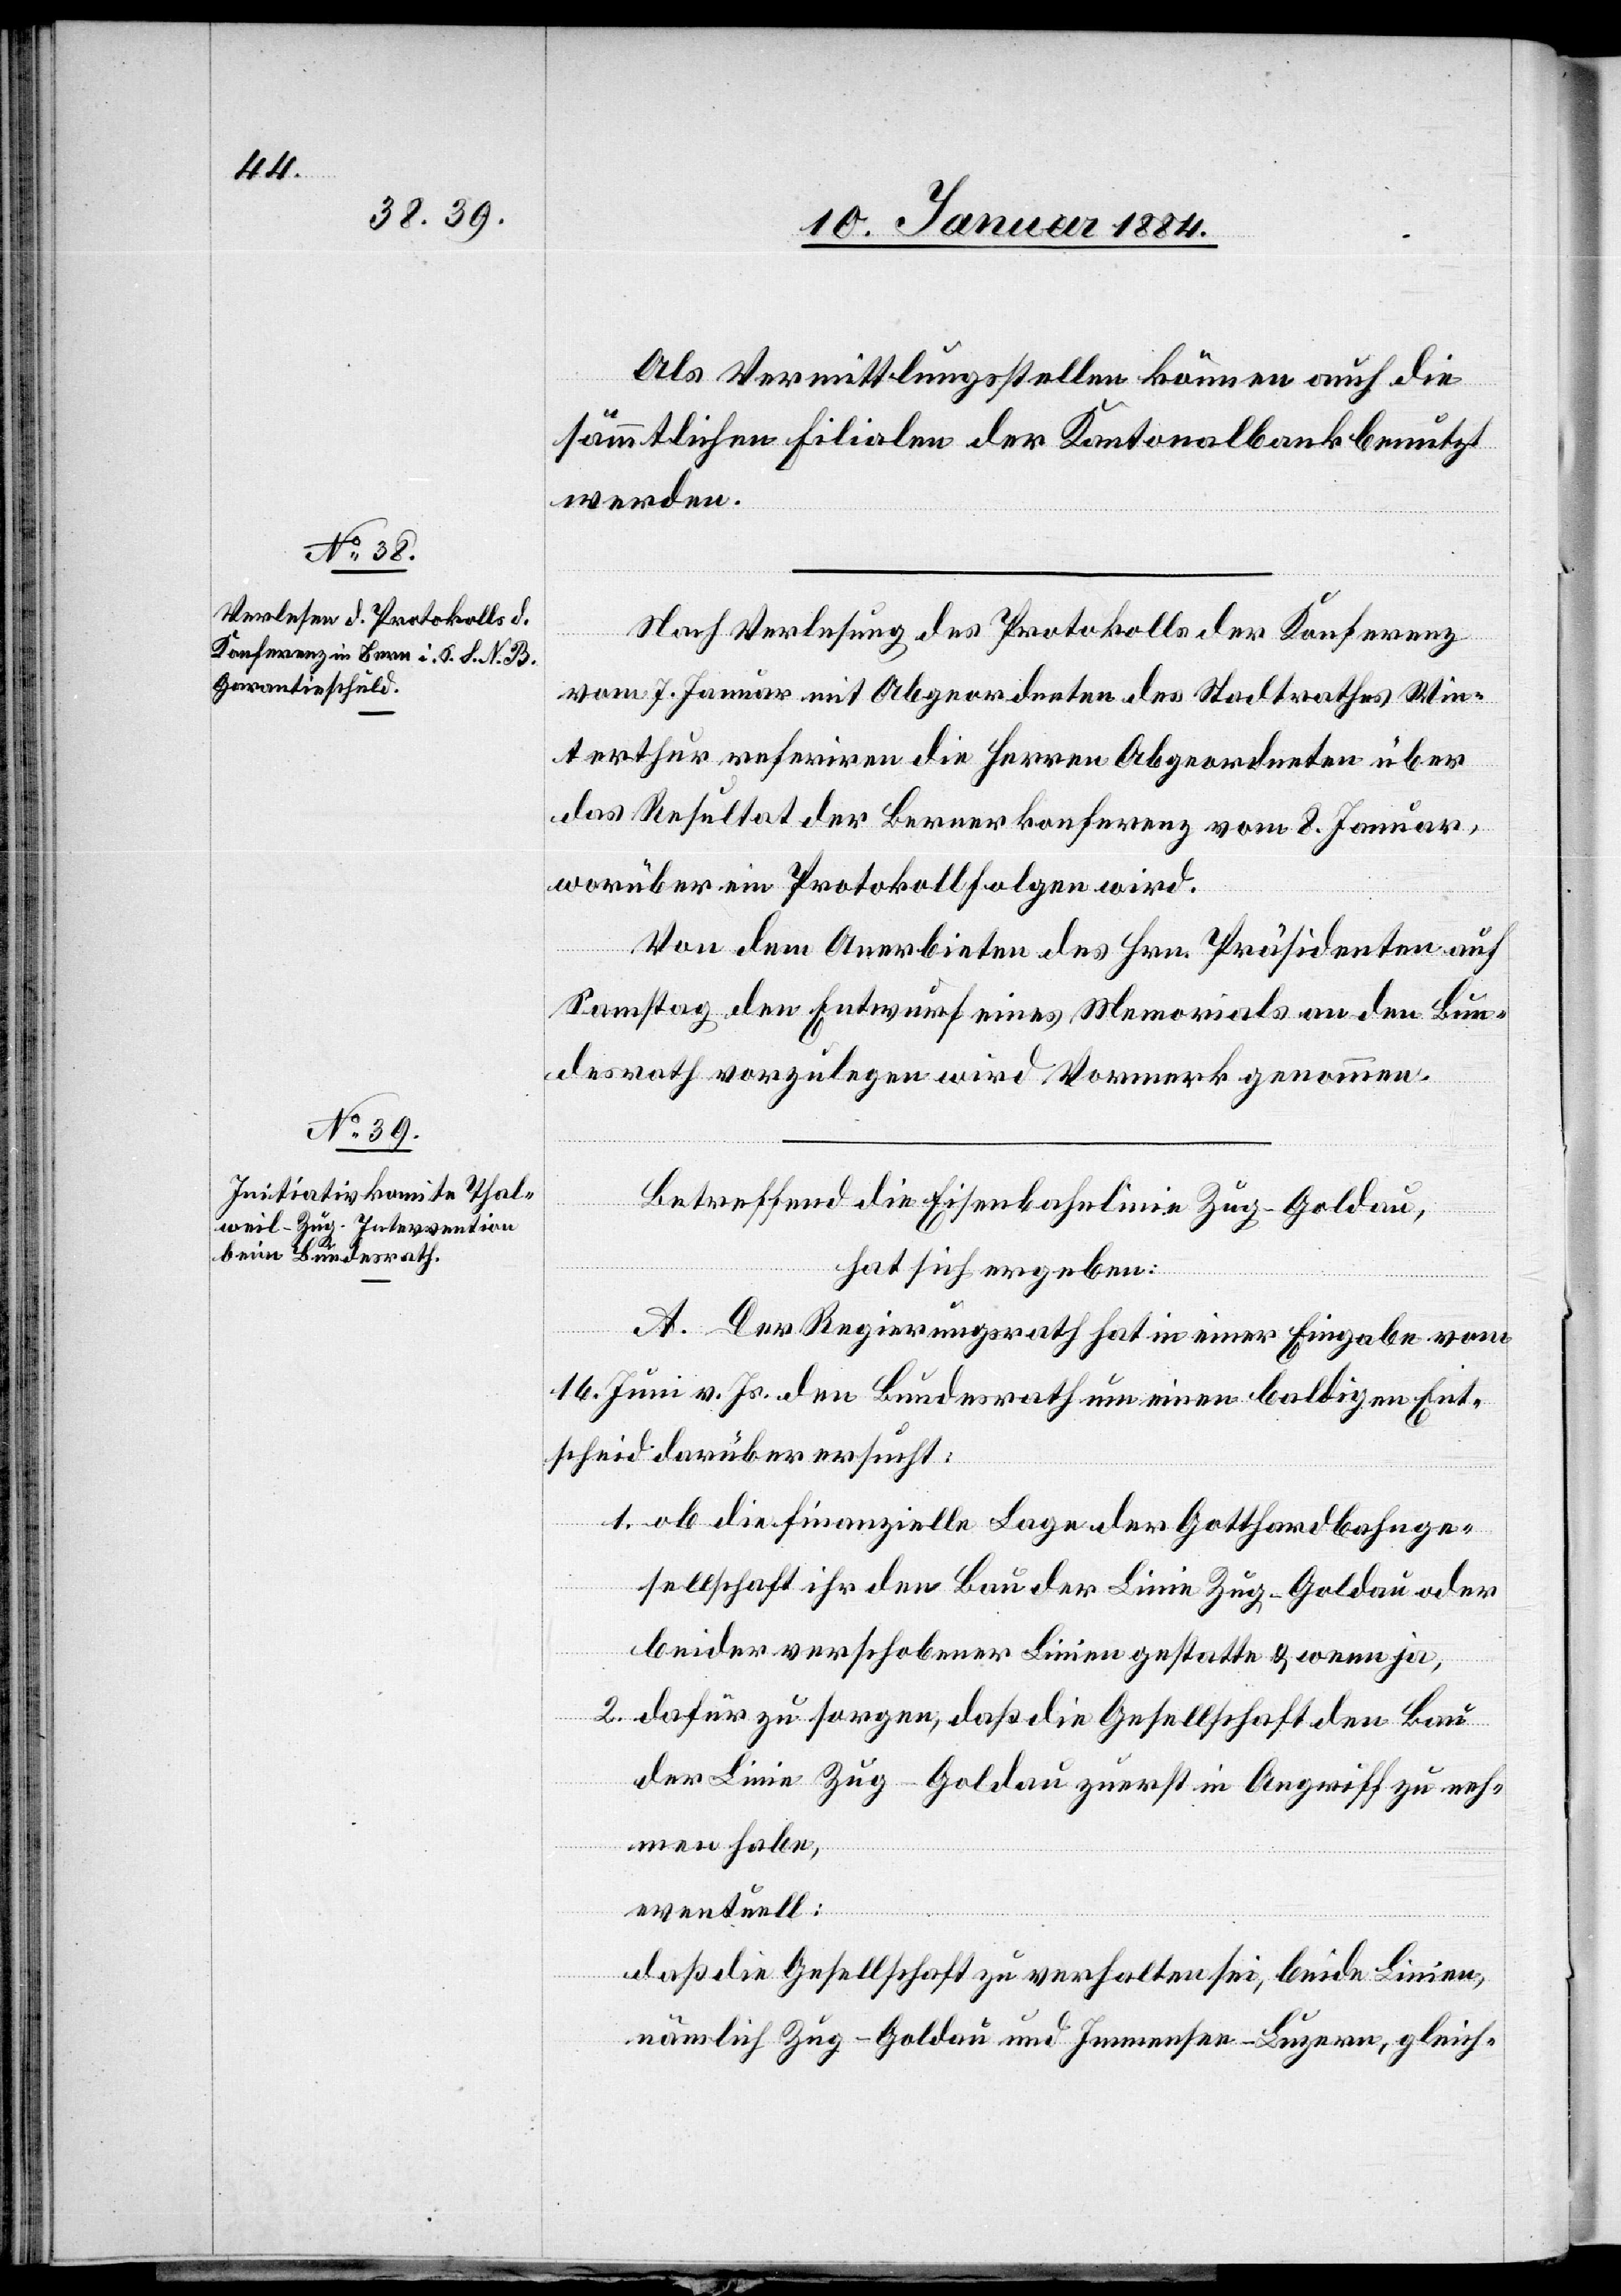
Als Vermittlungsstellen können auch die
sämmtlichen Filialen der Kantonalbank benutzt
werden.
Nach Verlesung des Protokolls der Konferenz
vom 7. Januar mit Abgeordneten des Stadtrathes Win¬
terthur referiren die Herren Abgeordneten über
das Resultat der Berner Konferenz vom 8. Januar,
worüber ein Protokoll folgen wird.
Von dem Anerbieten des Hrn. Präsidenten auf
Samstag den Entwurf eines Memorials an den Bun¬
desrath vorzulegen wird Vormerk genommen.
Betreffend die Eisenbahnlinie Zug–Goldau,
hat sich ergeben:
A. Der Regierungsrath hat in einer Eingabe vom
16. Juni v. Js. den Bundesrath um einen baldigen Ent¬
scheid darüber ersucht:
1. ob die finanzielle Lage der Gotthardbahnge¬
sellschaft ihr den Bau der Linie Zug–Goldau oder
beider verschobener Linien gestatte & wenn ja,
2. dafür zu sorgen, daß die Gesellschaft den Bau
der Linie Zug–Goldau zuerst in Angriff zu neh¬
men habe,
eventuell:
daß die Gesellschaft zu verhalten sei, beide Linien,
nämlich Zug–Goldau und Immensee–Luzern, gleich-